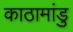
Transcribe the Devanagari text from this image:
काठामांडु